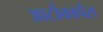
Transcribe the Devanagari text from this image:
आर्टोकार्पस